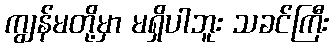
ကျွန်မတို့မှာ မရှိပါဘူး သခင်ကြီး